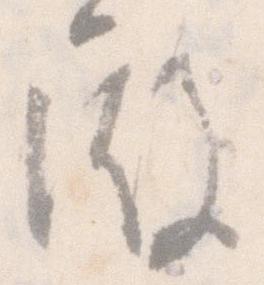
殿